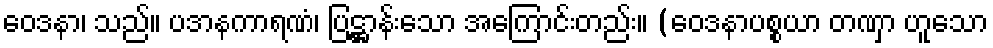
ဝေဒနာ၊ သည်။ ပဒာနကာရဏံ၊ ပြဋ္ဌာန်းသော အကြောင်းတည်း။ (ဝေဒနာပစ္စယာ တဏှာ ဟူသော